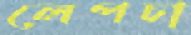
লেপচা